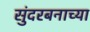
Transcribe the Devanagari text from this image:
सुंदरबनाच्या